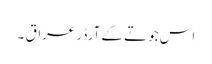
اس جوتے کے آرڈر عراق ۔